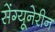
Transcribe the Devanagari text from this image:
सेंग्यूनेरीन